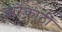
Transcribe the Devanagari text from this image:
झरेकाठी